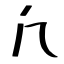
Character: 凢